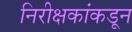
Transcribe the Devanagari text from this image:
निरीक्षकांकडून